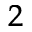
^ 2